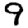
Digit: 9